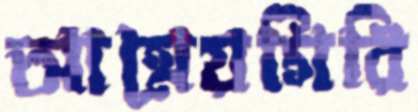
আগ্নেয়গিরি